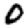
Digit: 0